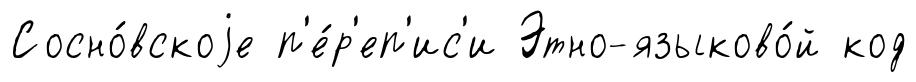
Сосно́вскоjе п'е́р'еп'ис'и Этно-языково́й код